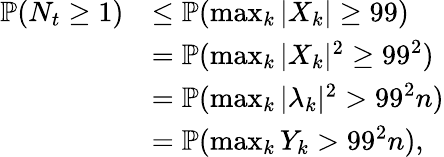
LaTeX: \begin{array}{rl}{{\mathbb{P}}(N_{t}\geq 1)}&{\leq{\mathbb{P}}(\operatorname*{max}_{k}|X_{k}|\geq 99)}\\ &{={\mathbb{P}}(\operatorname*{max}_{k}|X_{k}|^{2}\geq 99^{2})}\\ &{={\mathbb{P}}(\operatorname*{max}_{k}|\lambda_{k}|^{2}>99^{2}n)}\\ &{={\mathbb{P}}(\operatorname*{max}_{k}Y_{k}>99^{2}n),}\end{array}